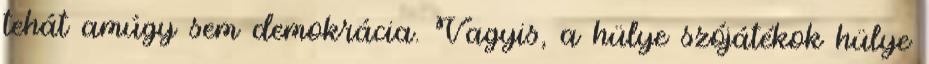
tehát amúgy sem demokrácia. Vagyis, a hülye szójátékok hülye